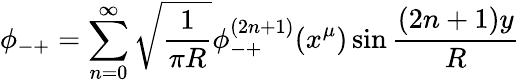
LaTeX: \phi_{-+}=\sum_{n=0}^{\infty}\sqrt{\frac{1}{\pi R}}\phi_{-+}^{(2n+1)}(x^{\mu})\sin\frac{(2n+1)y}{R}